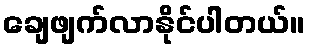
ချေဖျက်လာနိုင်ပါတယ်။